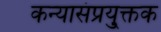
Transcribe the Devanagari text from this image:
कन्यासंप्रयु्क्तक